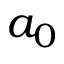
a _ { 0 }